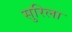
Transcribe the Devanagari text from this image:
सुरिला